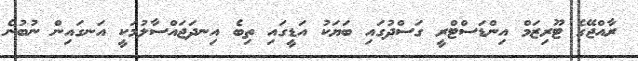
ރާއްޖޭގެ ޓޫރިޒަމް އިންޑަސްޓްރީ ގަސްދުގައި ބަޔަކު އަޑީގައި ތިބެ އިނދަޖައްސާލުމަކީ އަނގައިން ނުބުނެ